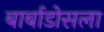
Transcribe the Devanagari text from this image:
बार्बाडोसला